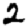
Digit: 2